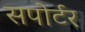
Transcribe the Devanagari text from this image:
सपोर्टर